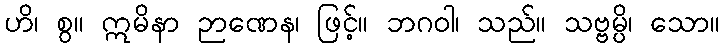
ဟိ၊ စွ။ ဣမိနာ ဉာဏေန၊ ဖြင့်။ ဘဂဝါ၊ သည်။ သဗ္ဗမ္ပိ၊ သော။